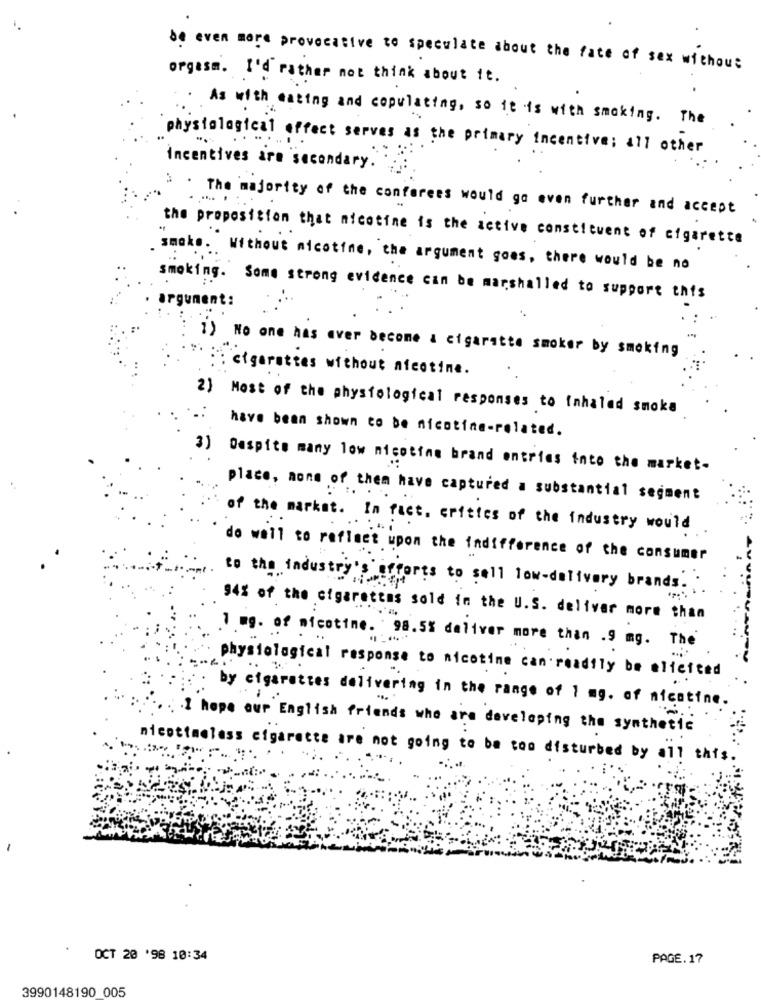
be even more provocative to speculate about the fate of sex without
orgasm. I'd rather not think about it.
As with eating and copulating, so it is with smoking. The
physiological effect serves as the primary incentive; all other
incentives are secondary.
: . The majority of the conforees would go even further and accept
the proposition that nicotine is the active constituent of cigarette
smaks. Without nicotine, the argument goes, there would be no
smoking. Some strong evidence can be marshalled to support this
gument:
1) No one has aver become a cigarette smoker by smoking
cigarettes without nicotine.
2) Most of the physiological responses to inhaled smoke
have been shown to be nicotine-related.
3) Despite many low nicotine brand entries into the market-
place, none of them have captured a substantial segment
of the market. In fact. crities of the industry would
do wall to reflect upon the indifference of the consumer
to the industry's efforts to sell low-delivery brands.
94% of the cigarettes sold in the U.S. deliver more than
1 mg. of nicotine. : 98.5% deliver more than .9 mg. The
physiological response to nicotine can readfly be elicited
by cigarettes delivering in the range of 1 mg. of nicotine.
I hope our English friends who are developing the synthetic
nicotimeless cigarette are not going to be too disturbed by all this.
OCT 20 '98 10:34
PAGE.17
3990148190 005